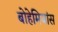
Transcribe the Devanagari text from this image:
बोहेमियांस